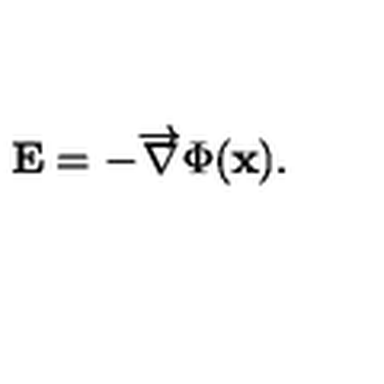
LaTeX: { \bf E } = - \overrightarrow \nabla \Phi ( { \bf x } ) .